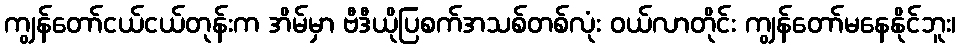
ကျွန်တော်ငယ်ငယ်တုန်းက အိမ်မှာ ဗီဒီယိုပြစက်အသစ်တစ်လုံး ဝယ်လာတိုင်း ကျွန်တော်မနေနိုင်ဘူး၊